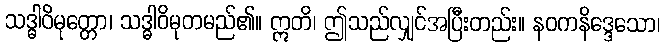
သဒ္ဓါဝိမုတ္တော၊ သဒ္ဓါဝိမုတမည်၏။ ဣတိ၊ ဤသည်လျှင်အပြီးတည်း။ နဝကနိဒ္ဒေသော၊